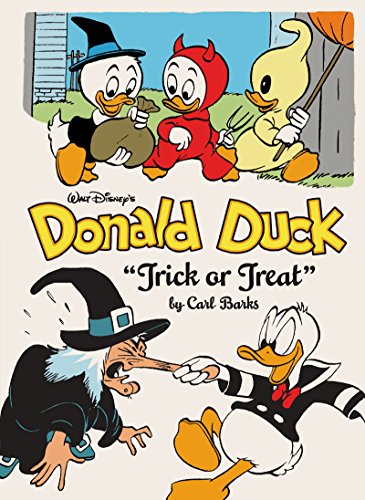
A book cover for Walt Disney's Donald Duck: "Trick Or Treat" (The Carl Barks Library); Carl Barks; Comics & Graphic Novels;